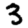
Digit: 3